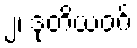
၂၊ ဒုတိယဝဂ်